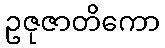
ဥဇုဇာတိကော